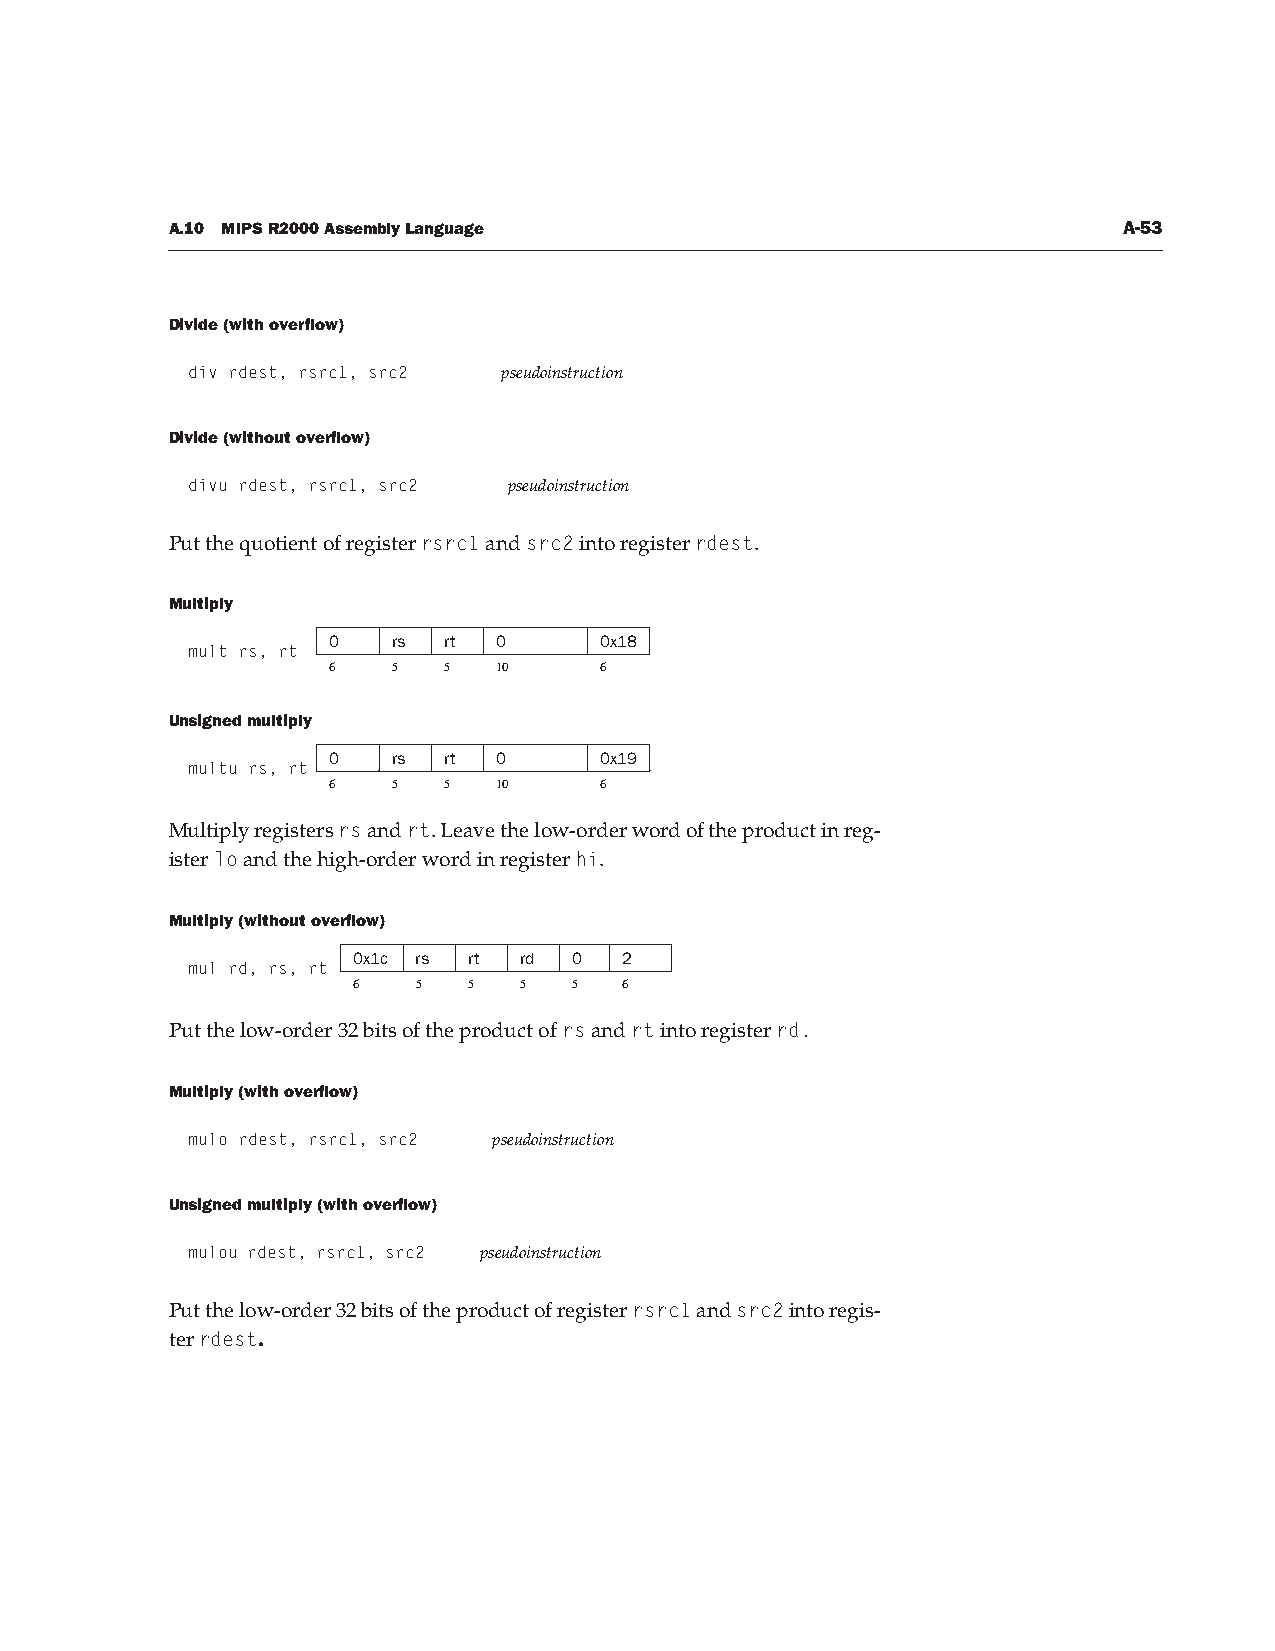
A.10 MIPS R2000 Assembly Language                              A-53
 Divide (with overflow)
 div rdest, rsrc1, src2 pseudoinstruction
 Divide (without overflow)
 divu rdest, rsrc1, src2 pseudoinstruction
 Put the quotient of register rsrc1 and src2 into register rdest.
 Multiply
 0   rs rt  0      0x18
 mult rs, rt
 6   5  5   10     6
 Unsigned multiply
 0   rs rt  0      0x19
 multu rs, rt
 6   5  5   10     6
 Multiply registers rs and rt. Leave the low-order word of the product in reg-
 ister lo and the high-order word in register hi.
 Multiply (without overflow)
 0x1c rs rt rd  0  2
 mul rd, rs, rt
 6    5  5  5   5  6
 Put the low-order 32 bits of the product of rs and rt into register rd.
 Multiply (with overflow)
 mulo rdest, rsrc1, src2 pseudoinstruction
 Unsigned multiply (with overflow)
 mulou rdest, rsrc1, src2 pseudoinstruction
 Put the low-order 32 bits of the product of register rsrc1 and src2 into regis-
 ter rdest.